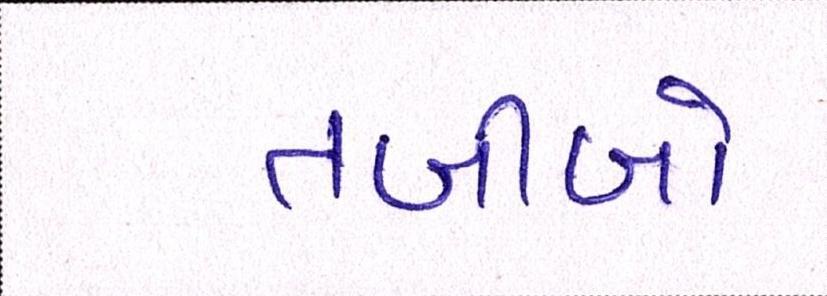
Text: તબીબો